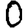
Digit: 0